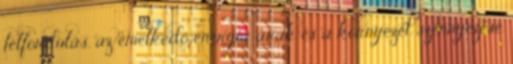
felfordulás, az emelkedő energia árak és a környezet szennyezése